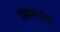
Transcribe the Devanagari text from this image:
सिकाडास